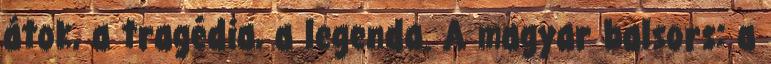
á­tok, a tra­gédia, a legenda. A magyar balsors: a